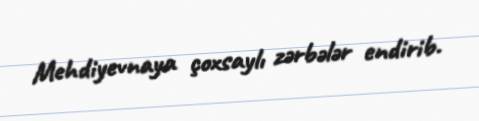
Mehdiyevnaya çoxsaylı zərbələr endirib.